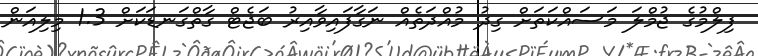
ފިލްމުގެ ޖުމްލަ މަސައްކަތަށް ގިދު މުއްދަތެއް ނަގާފައިވާއިރު ބަޖެޓް ގާތްގަނޑަކަށް 1.3 މިލިއަން